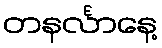
တနင်္လာနေ့